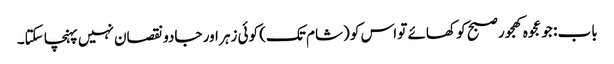
باب : جو عجوہ کھجور صبح کو کھائے تو اس کو (شام تک) کوئی زہر اور جادو نقصان نہیں پہنچا سکتا۔